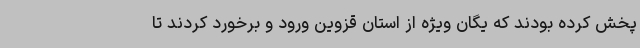
پخش کرده بودند که یگان ویژه از استان قزوین ورود و برخورد کردند تا